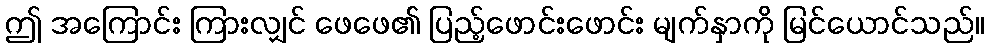
ဤ အကြောင်း ကြားလျှင် ဖေဖေ၏ ပြည့်ဖောင်းဖောင်း မျက်နှာကို မြင်ယောင်သည်။